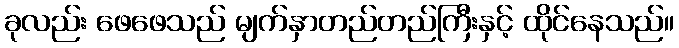
ခုလည်း ဖေဖေသည် မျက်နှာတည်တည်ကြီးနှင့် ထိုင်နေသည်။